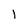
Character: I